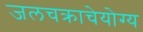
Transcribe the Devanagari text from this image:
जलचक्राचेयोग्य